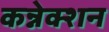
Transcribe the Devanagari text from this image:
कन्नेक्शन